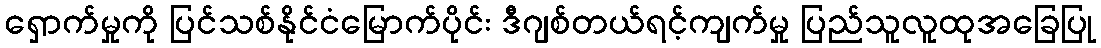
ရှောက်မှုကို ပြင်သစ်နိုင်ငံမြောက်ပိုင်း ဒီဂျစ်တယ်ရင့်ကျက်မှု ပြည်သူလူထုအခြေပြု